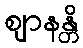
ဈာနန္တိ